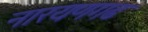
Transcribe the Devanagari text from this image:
नारयणगढ